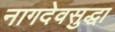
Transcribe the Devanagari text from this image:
नागदेवसुद्धा